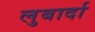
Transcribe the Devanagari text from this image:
लुबार्दा